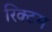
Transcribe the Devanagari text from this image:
रिक्टम